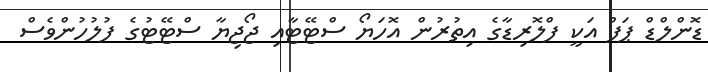
ޑޮންލްޑް ޕަފް އަކީ ފްލޮރިޑާގެ އިތުރުން އޮހަޔޯ ސްޓޭޓާއި ޖޯޖިޔާ ސްޓޭޓުގެ ފުލުހުންވެސް